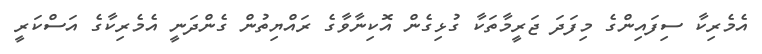
އެމެރިކާ ސިފައިންގެ މިފަދަ ޖަރީމާތަކާ ގުޅިގެން އޮކިނާވާގެ ރައްޔިތުން ގެންދަނީ އެމެރިކާގެ އަސްކަރީ